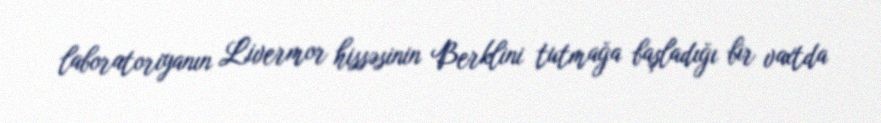
laboratoriyanın Livermor hissəsinin Berklini tutmağa başladığı bir vaxtda